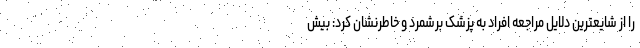
را از شایعترین دلایل مراجعه افراد به پزشک برشمرد و خاطرنشان کرد: بیش